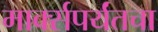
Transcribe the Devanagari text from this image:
मार्क्सपर्यंतचा